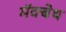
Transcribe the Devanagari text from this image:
मॅक्बेथ